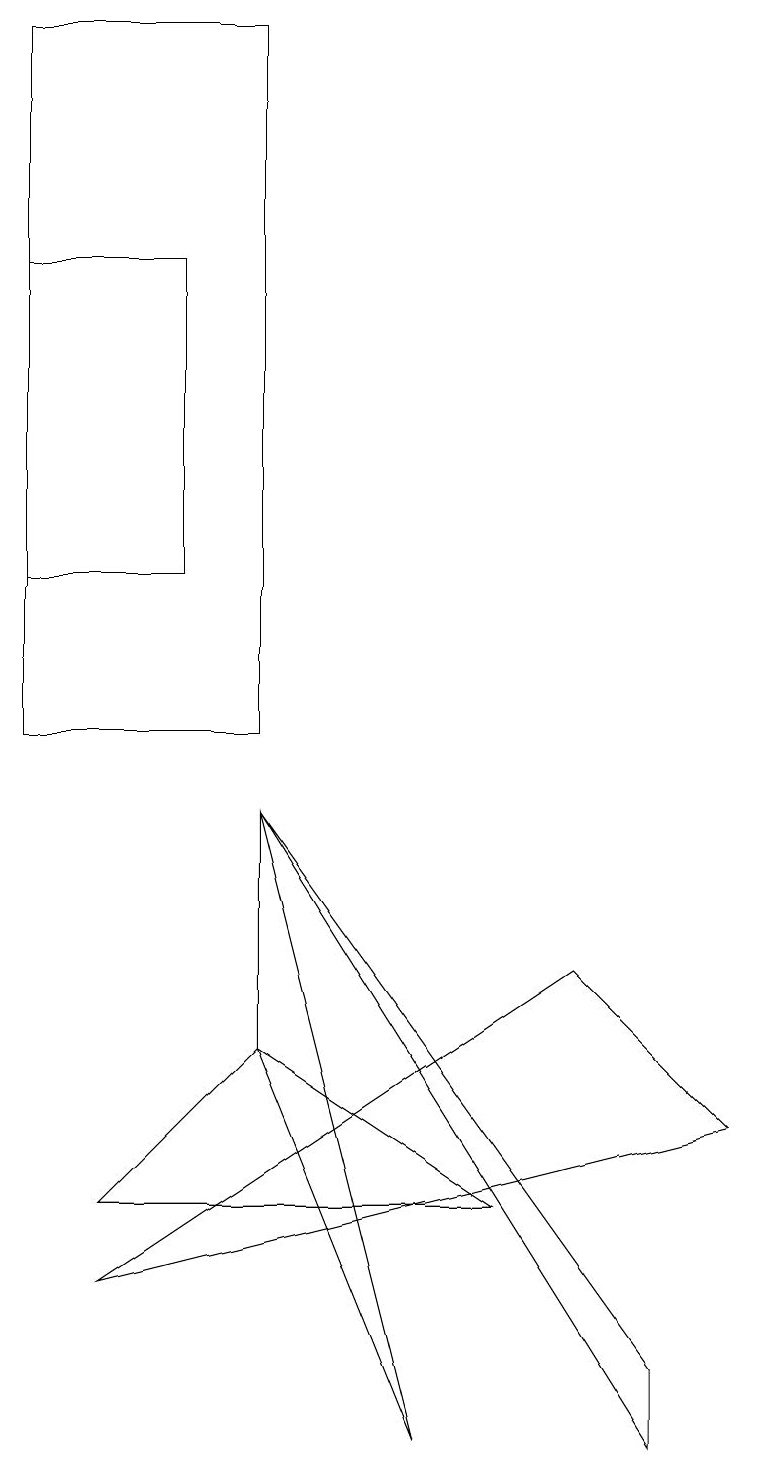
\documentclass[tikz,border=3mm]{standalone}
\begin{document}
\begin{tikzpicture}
\draw (0,12) rectangle (2,16);
\draw (3,6) -- (5,1) -- (3,9) -- cycle;
\draw (3,6) -- (6,4) -- (1,4) -- cycle;
\draw (2,16) rectangle (2,15);
\draw (8,1) -- (3,9) -- (8,2) -- cycle;
\draw (1,3) -- (9,5) -- (7,7) -- cycle;
\draw (3,19) rectangle (0,10);
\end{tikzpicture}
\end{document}